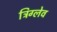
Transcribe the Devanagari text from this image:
त्रिग्लेव